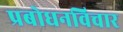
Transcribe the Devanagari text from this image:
प्रबोधनविचार